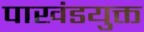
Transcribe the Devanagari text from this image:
पाखंडयुक्त